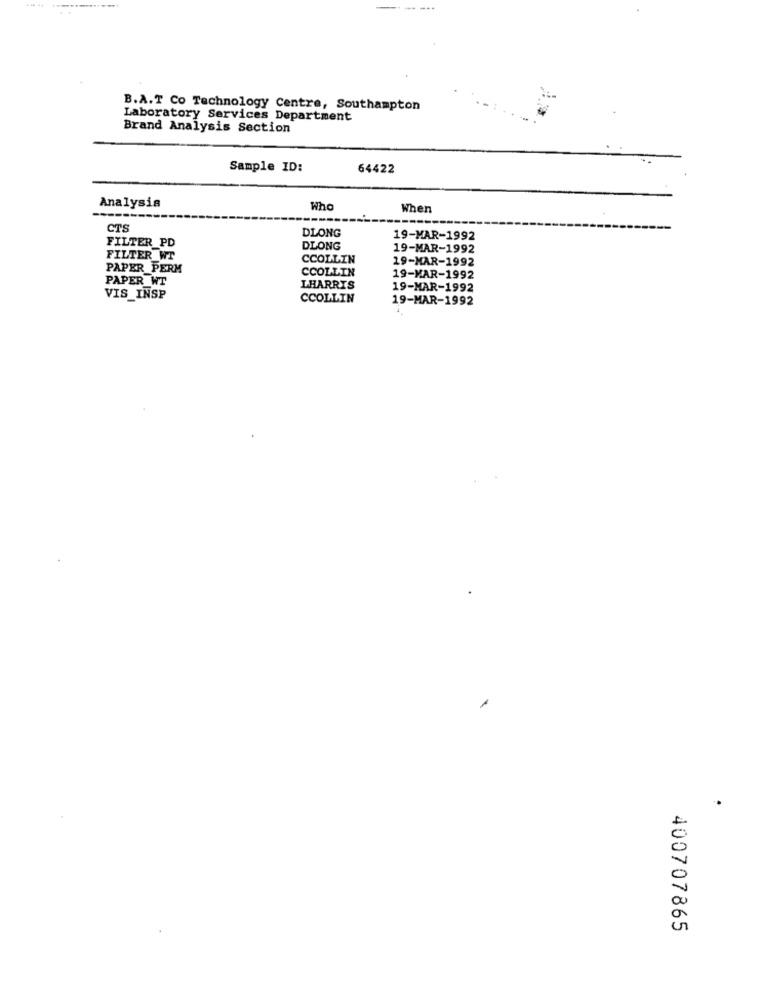
B.A.T Co Technology Centre, Southampton
Laboratory Services Department
Brand Analysis Section
Sample ID:
64422
Analysis
Who
When
------
CTS
DLONG
FILTER_PD
19-MAR-1992
DLONG
19-MAR-1992
FILTER WT
CCOLLIN
19-MAR-1992
PAPER PERM
CCOLLIN
PAPER_WT
19-MAR-1992
LHARRIS
19-MAR-1992
VIS_INSP
CCOLLIN
19-MAR-1992
400707865